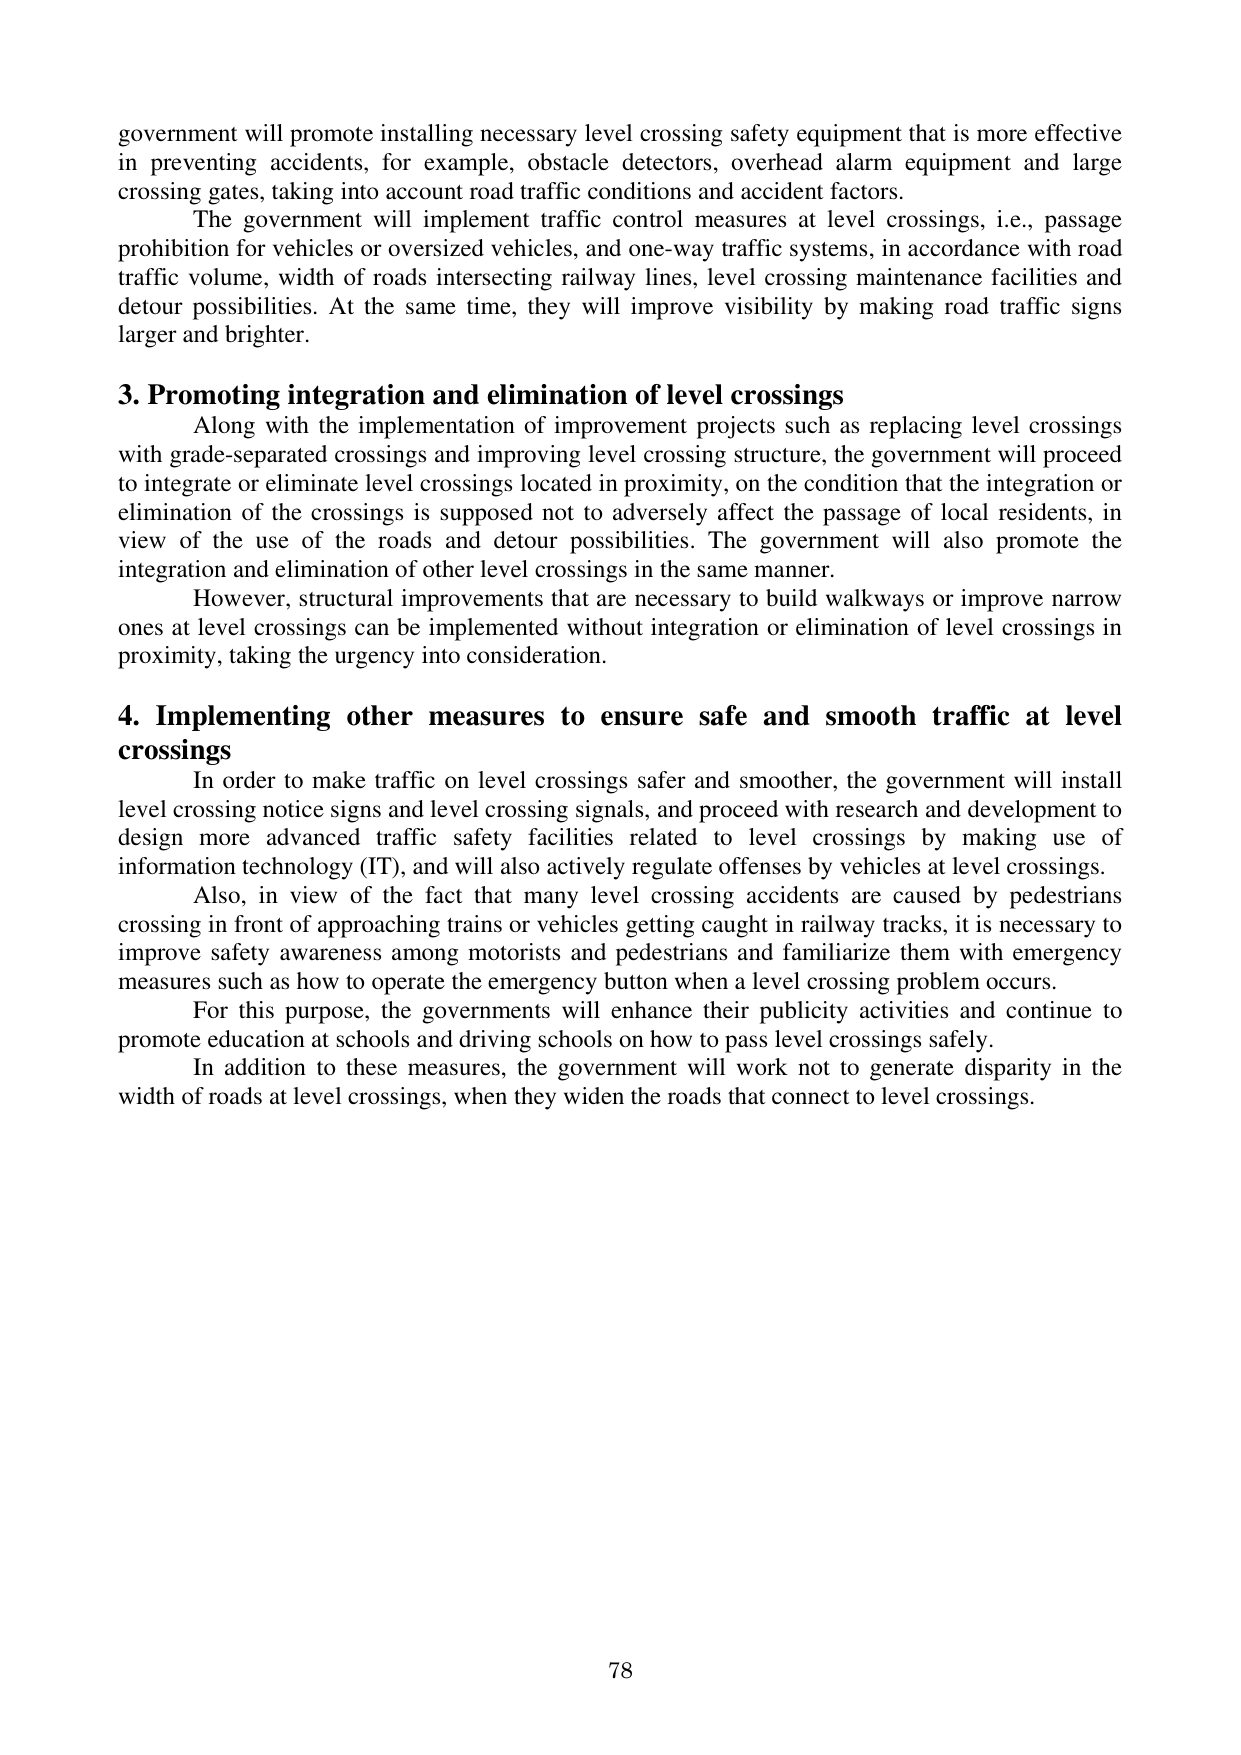
government will promote installing necessary level crossing safety equipment that is more effective in preventing accidents, for example, obstacle detectors, overhead alarm equipment and large crossing gates, taking into account road traffic conditions and accident factors.

The government will implement traffic control measures at level crossings, i.e., passage prohibition for vehicles or oversized vehicles, and one-way traffic systems, in accordance with road traffic volume, width of roads intersecting railway lines, level crossing maintenance facilities and detour possibilities. At the same time, they will improve visibility by making road traffic signs larger and brighter.

3. Promoting integration and elimination of level crossings
Along with the implementation of improvement projects such as replacing level crossings with grade-separated crossings and improving level crossing structure, the government will proceed to integrate or eliminate level crossings located in proximity, on the condition that the integration or elimination of the crossings is supposed not to adversely affect the passage of local residents, in view of the use of the roads and detour possibilities. The government will also promote the integration and elimination of other level crossings in the same manner.

However, structural improvements that are necessary to build walkways or improve narrow ones at level crossings can be implemented without integration or elimination of level crossings in proximity, taking the urgency into consideration.

4. Implementing other measures to ensure safe and smooth traffic at level crossings
In order to make traffic on level crossings safer and smoother, the government will install level crossing notice signs and level crossing signals, and proceed with research and development to design more advanced traffic safety facilities related to level crossings by making use of information technology (IT), and will also actively regulate offenses by vehicles at level crossings.

Also, in view of the fact that many level crossing accidents are caused by pedestrians crossing in front of approaching trains or vehicles getting caught in railway tracks, it is necessary to improve safety awareness among motorists and pedestrians and familiarize them with emergency measures such as how to operate the emergency button when a level crossing problem occurs.

For this purpose, the governments will enhance their publicity activities and continue to promote education at schools and driving schools on how to pass level crossings safely.

In addition to these measures, the government will work not to generate disparity in the width of roads at level crossings, when they widen the roads that connect to level crossings.

78